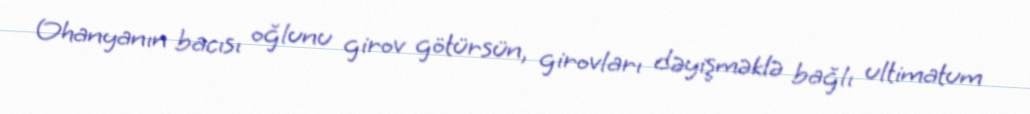
Ohanyanın bacısı oğlunu girov götürsün, girovları dəyişməklə bağlı ultimatum